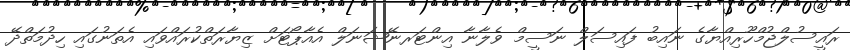
ރައީސުލްޖުމްހޫރިއްޔާގެ ނައިބު ފައިސަލް ނަސީމް ވެލާނާ އިންޓަރނޭޝަނަލް އެއާޕޯޓަށް ޒިޔާރަތްކުރައްވައި އެތަނުގައި ހިދުމަތްދޭ